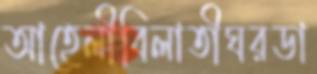
আহেলীবিলাতীঘরডা